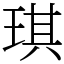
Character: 琪